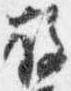
故